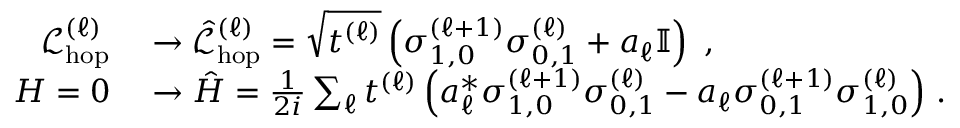
\begin{array} { r l } { \mathcal { L } _ { \mathrm { h o p } } ^ { ( \ell ) } } & { { } \rightarrow \hat { \mathcal { L } } _ { \mathrm { h o p } } ^ { ( \ell ) } = \sqrt { t ^ { ( \ell ) } } \left( \sigma _ { 1 , 0 } ^ { ( \ell + 1 ) } \sigma _ { 0 , 1 } ^ { ( \ell ) } + a _ { \ell } \mathbb { I } \right) \, \, , } \\ { H = 0 } & { { } \rightarrow \hat { H } = \frac { 1 } { 2 i } \sum _ { \ell } t ^ { ( \ell ) } \left( a _ { \ell } ^ { * } \sigma _ { 1 , 0 } ^ { ( \ell + 1 ) } \sigma _ { 0 , 1 } ^ { ( \ell ) } - a _ { \ell } \sigma _ { 0 , 1 } ^ { ( \ell + 1 ) } \sigma _ { 1 , 0 } ^ { ( \ell ) } \right) \, . } \end{array}